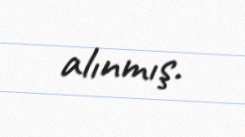
alınmış.